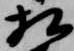
相